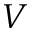
V